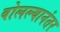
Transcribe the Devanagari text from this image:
बोलल्यानंतर